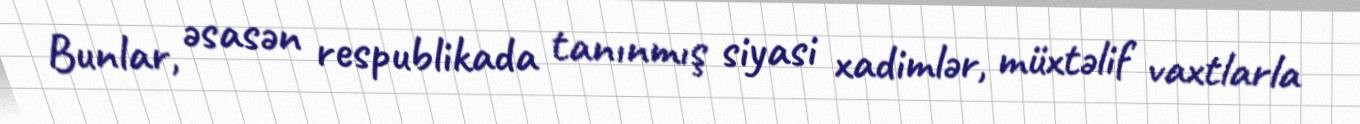
Bunlar, əsasən respublikada tanınmış siyasi xadimlər, müxtəlif vaxtlarla